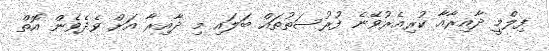
ފިލްމީ ދާއިރާއާ ކުރިއެރުވޭނެ ފުރުސަތުތައް ބަލައި މި ދާއިރާ އަށް ވެދެވެން އޮތް